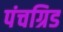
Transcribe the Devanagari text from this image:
पंचग्रिड